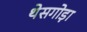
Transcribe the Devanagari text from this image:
थेसगोड़ा